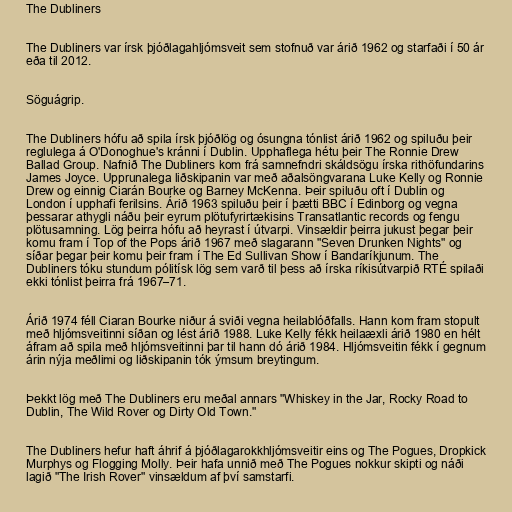
The Dubliners

The Dubliners var írsk þjóðlagahljómsveit sem stofnuð var árið 1962 og starfaði í 50 ár
eða til 2012.

Söguágrip.

The Dubliners hófu að spila írsk þjóðlög og ósungna tónlist árið 1962 og spiluðu þeir
reglulega á O'Donoghue's kránni í Dublin. Upphaflega hétu þeir The Ronnie Drew
Ballad Group. Nafnið The Dubliners kom frá samnefndri skáldsögu írska rithöfundarins
James Joyce. Upprunalega liðskipanin var með aðalsöngvarana Luke Kelly og Ronnie
Drew og einnig Ciarán Bourke og Barney McKenna. Þeir spiluðu oft í Dublin og
London í upphafi ferilsins. Árið 1963 spiluðu þeir í þætti BBC í Edinborg og vegna
þessarar athygli náðu þeir eyrum plötufyrirtækisins Transatlantic records og fengu
plötusamning. Lög þeirra hófu að heyrast í útvarpi. Vinsældir þeirra jukust þegar þeir
komu fram í Top of the Pops árið 1967 með slagarann "Seven Drunken Nights" og
síðar þegar þeir komu þeir fram í The Ed Sullivan Show í Bandaríkjunum. The
Dubliners tóku stundum pólitísk lög sem varð til þess að írska ríkisútvarpið RTÉ spilaði
ekki tónlist þeirra frá 1967–71.

Árið 1974 féll Ciaran Bourke niður á sviði vegna heilablóðfalls. Hann kom fram stopult
með hljómsveitinni síðan og lést árið 1988. Luke Kelly fékk heilaæxli árið 1980 en hélt
áfram að spila með hljómsveitinni þar til hann dó árið 1984. Hljómsveitin fékk í gegnum
árin nýja meðlimi og liðskipanin tók ýmsum breytingum.

Þekkt lög með The Dubliners eru meðal annars "Whiskey in the Jar, Rocky Road to
Dublin, The Wild Rover og Dirty Old Town."

The Dubliners hefur haft áhrif á þjóðlagarokkhljómsveitir eins og The Pogues, Dropkick
Murphys og Flogging Molly. Þeir hafa unnið með The Pogues nokkur skipti og náði
lagið "The Irish Rover" vinsældum af því samstarfi.